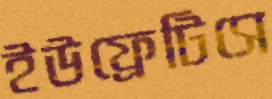
ইউফ্রেটিসে